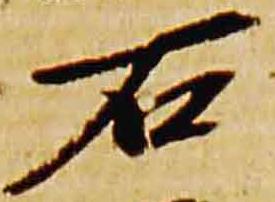
石